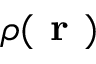
\rho ( \textbf { r } )